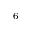
_ 6